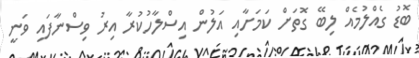
ބޮޑު ގެއްލުމެއް ލިބޭ ގޮތަށް ކަމަށާއި އަލުން އިސްލާހުކުރާ އިރު ވިސްނާފައި ވަނީ